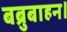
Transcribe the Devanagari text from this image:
बब्रुबाहन।